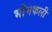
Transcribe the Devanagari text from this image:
भीमकली